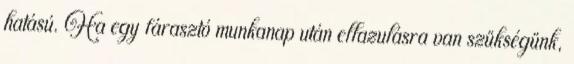
hatású. Ha egy fárasztó munkanap után ellazulásra van szükségünk,